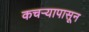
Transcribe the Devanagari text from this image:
कचर्‍यापासून